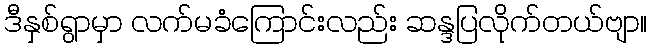
ဒီနှစ်ရွာမှာ လက်မခံကြောင်းလည်း ဆန္ဒပြလိုက်တယ်ဗျာ။